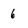
Character: 6